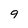
Character: 9